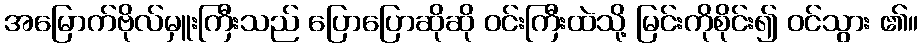
အမြောက်ဗိုလ်မှူးကြီးသည် ပြောပြောဆိုဆို ဝင်းကြီးထဲသို့ မြင်းကိုစိုင်း၍ ဝင်သွား ၏။